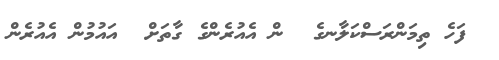
ފަހެ ތިމަންރަސްކަލާނގެ  ން އެއުރެންގެ ގާތަށް  އައުުމުން އެއުރެން